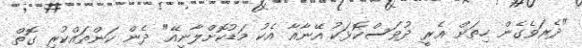
"ދެރަވެގެން ހިތަށް އެރީ ދުވަސްކޮޅަކު އޭނާއާ އެކު މަޑުކޮށްލާނީއޭ" ދެން ކަންތައްކުރި ގޮތް